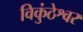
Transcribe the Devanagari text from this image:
विकुंठेश्वर